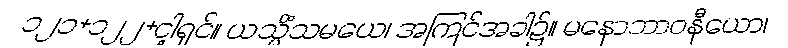
၁၂၁+၁၂၂+ငါ့ရှင်။ ယသ္မိံသမယေ၊ အကြင်အခါ၌။ မနောဘာဝနီယော၊